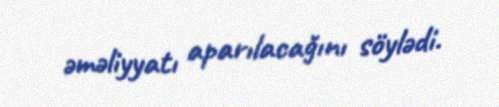
əməliyyatı aparılacağını söylədi.